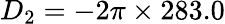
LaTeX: D_{2}=-2\pi\times 283.0